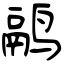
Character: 鹝